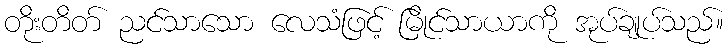
တိုးတိတ် ညင်သာသော လေသံဖြင့် မြိုင်သာယာကို အုပ်ချုပ်သည်။